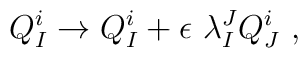
Q^i_I \to Q^i_I + \epsilon \ \lambda_I^J Q^i_J~,